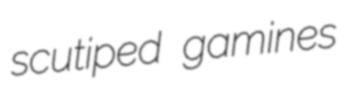
scutiped gamines